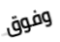
وفوق